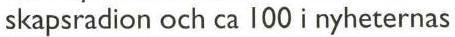
skapsradion och ca 100 i nyheternas